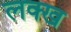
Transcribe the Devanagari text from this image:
लक्ख